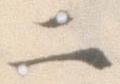
二